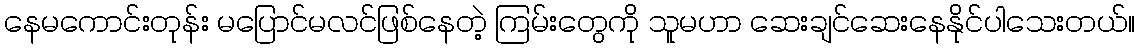
နေမကောင်းတုန်း မပြောင်မလင်ဖြစ်နေတဲ့ ကြမ်းတွေကို သူမဟာ ဆေးချင်ဆေးနေနိုင်ပါသေးတယ်။